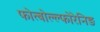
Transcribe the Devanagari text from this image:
फोत्बोल्ल्फोरेनिङ